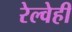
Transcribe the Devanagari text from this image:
रेल्वेही